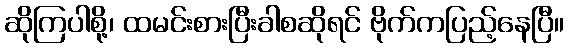
ဆိုကြပါစို့၊ ထမင်းစားပြီးခါစဆိုရင် ဗိုက်ကပြည့်နေပြီ။